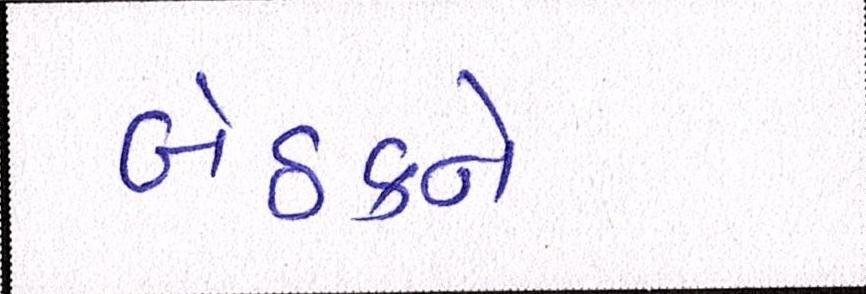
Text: બેઠકને